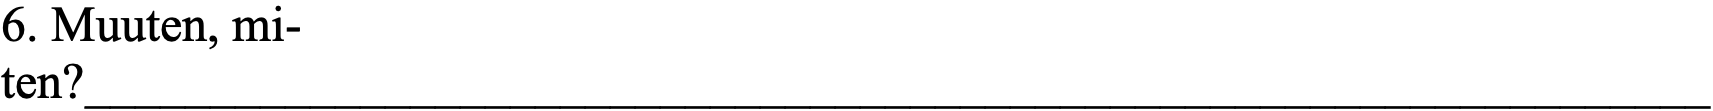
6. Muuten, mi- ten?_________________________________________________________________